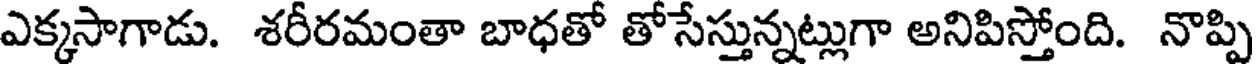
ఎక్కసాగాడు. శరీరమంతా బాధతో తోసేస్తున్నట్లుగా అనిపిస్తోంది. నొప్పి